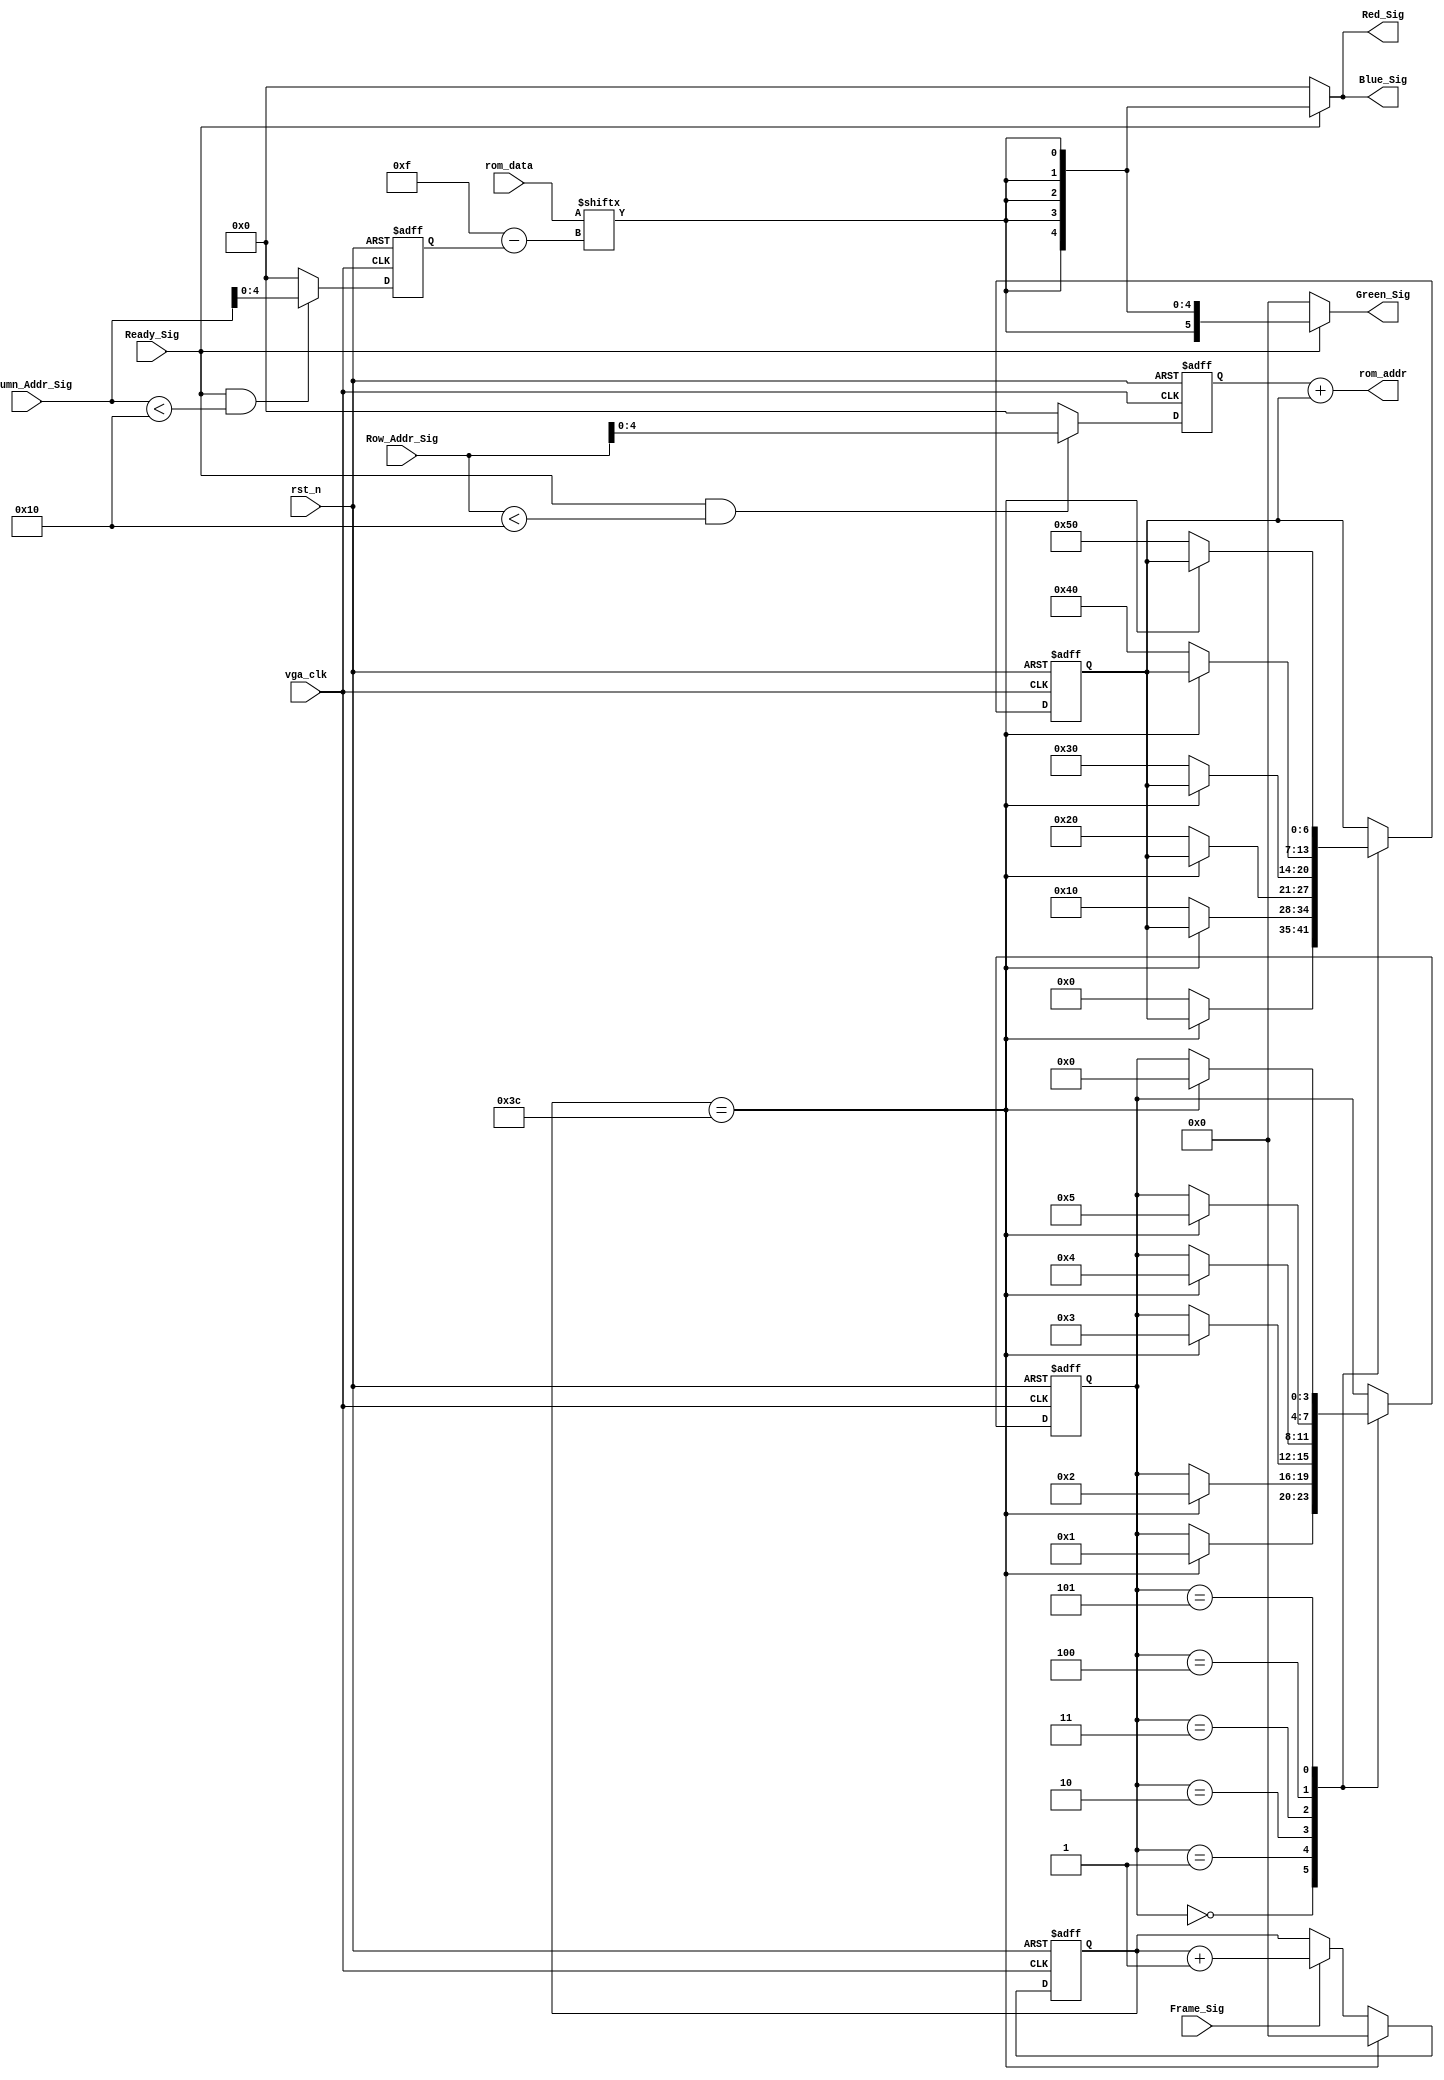


module vga_control_module(
    vga_clk,
    rst_n,
    Ready_Sig,
    Column_Addr_Sig,
    Row_Addr_Sig,
    Frame_Sig,
    Red_Sig,
    Green_Sig,
    Blue_Sig,
    rom_addr,
    rom_data
    );
    
    input vga_clk;
    input rst_n;
    
    input Ready_Sig;
    input Frame_Sig;
    input [11:0] Column_Addr_Sig;   //
    input [11:0] Row_Addr_Sig;      //
    
    output [4:0] Red_Sig;
    output [5:0] Green_Sig;
    output [4:0] Blue_Sig;
    
    output [6:0] rom_addr;
    input [15:0] rom_data;

    
    /*********************************/
    
    reg [4:0] y;
    
    always @(posedge vga_clk or negedge rst_n) begin
        if(!rst_n) begin
            y <= 5'd0;
        end
        else if(Ready_Sig && Row_Addr_Sig < 16)
            y <= Row_Addr_Sig[4:0];
        else
            y <= 5'd0;
    end
    
    reg [4:0] x;
    
    always @(posedge vga_clk or negedge rst_n) begin
        if(!rst_n) begin
            x <= 5'd0;
        end
        else if(Ready_Sig && Column_Addr_Sig < 16)
            x <= Column_Addr_Sig[4:0];
        else
            x <= 5'd0;
    end
    
    /*********************************/
    
    parameter FRAME = 6'd60;
    
    reg [5:0]frame_cnt;
    
    always @(posedge vga_clk or negedge rst_n) begin
        if(!rst_n)
            frame_cnt <= 6'd0;
        else if(frame_cnt == FRAME)
            frame_cnt <= 6'd0;
        else if(Frame_Sig)
            frame_cnt <= frame_cnt + 1'b1;
    end
    
    /*********************************/
    
    reg [3:0] i;
    reg [6:0] rADDR;
    
    always @(posedge vga_clk or negedge rst_n) begin
        if(!rst_n) begin
            i <= 4'd0;
            rADDR <= 7'd0;
        end
        else
            case(i)
            
                0:
                if(frame_cnt == FRAME)
                    i <= 1;
                else
                    rADDR <= 7'd0;
                
                1:
                if(frame_cnt == FRAME)
                    i <= 2;
                else
                    rADDR <= 7'd16;
                
                2:
                if(frame_cnt == FRAME)
                    i <= 3;
                else
                    rADDR <= 7'd32;
                
                3:
                if(frame_cnt == FRAME)
                    i <= 4;
                else
                    rADDR <= 7'd48;
                
                4:
                if(frame_cnt == FRAME)
                    i <= 5;
                else
                    rADDR <= 7'd64;
                
                5:
                if(frame_cnt == FRAME)
                    i <= 0;
                else
                    rADDR <= 7'd80;
                    
            endcase
    end
    
    
    assign rom_addr = y + rADDR;
    
    //ROM
    assign Red_Sig   = Ready_Sig ? {5{rom_data[5'd15-x]}} : {5{1'b0}};
    assign Green_Sig = Ready_Sig ? {6{rom_data[5'd15-x]}} : {6{1'b0}};
    assign Blue_Sig  = Ready_Sig ? {5{rom_data[5'd15-x]}} : {5{1'b0}};
    
    
    
endmodule